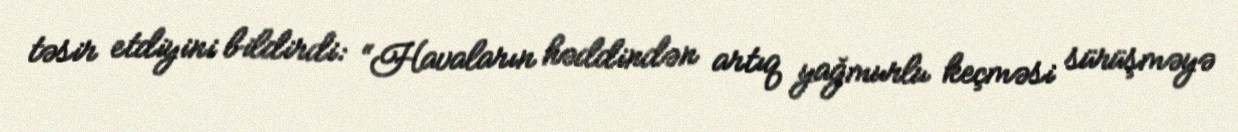
təsir etdiyini bildirdi: “Havaların həddindən artıq yağmurlu keçməsi sürüşməyə